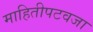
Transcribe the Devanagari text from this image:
माहितीपटवजा